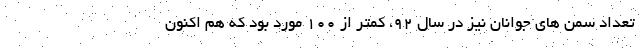
تعداد سمن های جوانان نیز در سال ۹۲، کمتر از ۱۰۰ مورد بود که هم اکنون